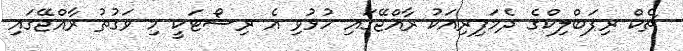
ޗެކް ރިޕަބްލިކްގެ ދެމަފިރިއަކު ރާއްޖޭގައި ހުޅުވި އެ ރިސޯޓަކީ މި ވަގުތު ރާއްޖޭގައި